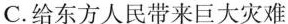
C.给东方人民带来巨大灾难